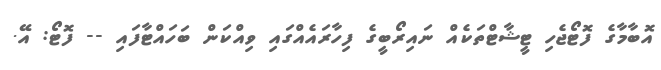
އޮބާމާގެ ފޮޓޯޖެހި ޓީޝާޓްތަކެއް ނައިރޯބީގެ ފިހާރައެއްގައި ވިއްކަން ބަހައްޓާފައި -- ފޮޓޯ: އޭ.